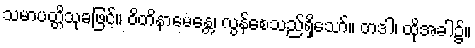
သမာပတ္တိသုခဖြင့်။ ဝိတိနာမေန္တေ၊ လွန်စေသည်ရှိသော်။ တဒါ၊ ထိုအခါ၌။